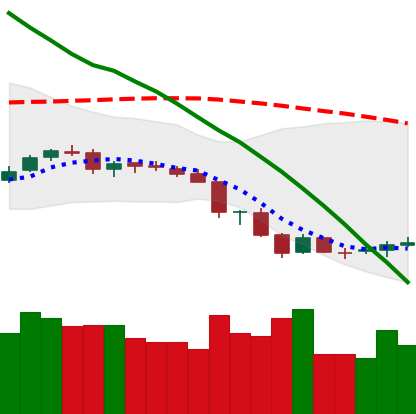
Ticker: NEO-USD
Chart end date: 2018-06-19
Forward return: -21.706%
Label: down_7plus